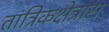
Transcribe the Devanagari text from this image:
तांत्रिकक्षेत्रास